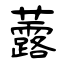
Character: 虂